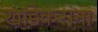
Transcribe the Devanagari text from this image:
खांडेकरांना